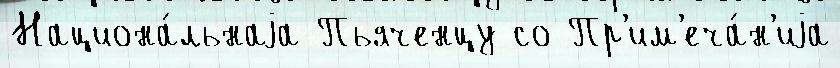
Национа́льнаjа Пьяченцу со Пр'им'еча́н'иjа